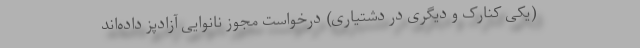
(یکی کنارک و دیگری در دشتیاری) درخواست مجوز نانوایی آزادپز داده‌اند